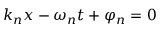
k _ { n } x - \omega _ { n } t + \varphi _ { n } = 0